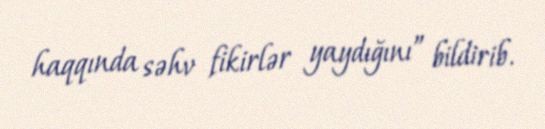
haqqında səhv fikirlər yaydığını” bildirib.